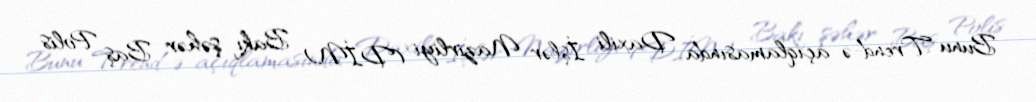
Bunu Trend-ə açıqlamasında Daxili İşlər Nazirliyi (DİN) Bakı şəhər Baş Polis